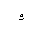
Letter: _waw